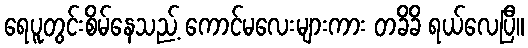
ရေပူတွင်းစိမ်နေသည့် ကောင်မလေးများကား တခိခိ ရယ်လေပြီ။